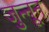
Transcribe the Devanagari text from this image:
जुन्नून